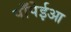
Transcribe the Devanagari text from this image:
पाँपेईआ